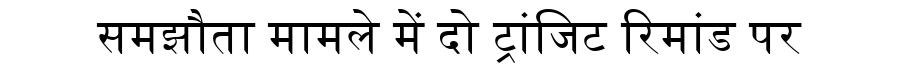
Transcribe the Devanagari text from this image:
समझौता मामले में दो ट्रांजिट रिमांड पर